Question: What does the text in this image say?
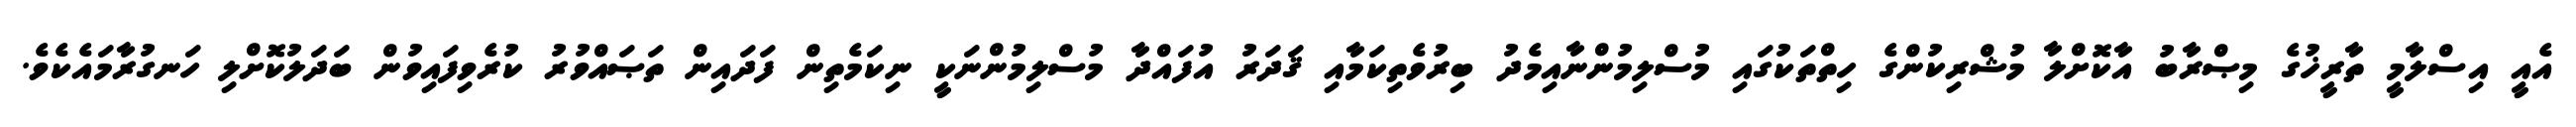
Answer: އެއީ އިސްލާމީ ތާރީޚުގެ މިޞްރާބު އާކޮށްލާ މުޝްރިކުންގެ ހިތްތަކުގައި މުސްލިމުންނާއިމެދު ބިރުވެތިކަމާއި ޤަދަރު އުފައްދާ މުސްލިމުންނަކީ ނިކަމެތިން ފަދައިން ތަޞައްވުރު ކުރެވިފައިވުން ބަދަލުކޮށްލި ހަނގުރާމައެކެވެ.